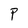
Character: P